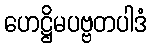
ဟေဋ္ဌိမပဗ္ဗတပါဒံ